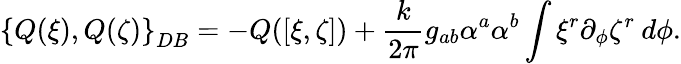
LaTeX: \left\{ Q(\xi),Q(\zeta)\right\} _{DB}=-Q([\xi,\zeta])+{\frac{k}{2\pi}}g_{ab}\alpha^{a}\alpha^{b}\int\xi^{r}\partial_{\phi}\zeta^{r}\: d\phi.